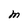
Character: M